system: You are a helpful assistant.
user:
Analyze the provided spectrum to determine if it is a **"Cataclysmic Variables (CV)"**.

- **Key Indicators for CV (Check for either state):**
    - **State 1: Quiescent / Low-State (Emission-Dominated)**
        - **(Primary):** Strong and *very broad* Hydrogen Balmer emission lines (e.g., $H\alpha$ at 6563 Å, $H\beta$ at 4861 Å). The 'broadness' (high velocity dispersion, often FWHM > 1000 km/s) is the key diagnostic, indicating a high-velocity accretion disk.
        - **(Secondary):** Broad neutral Helium (He I) emission lines (e.g., 5876 Å, 6678 Å).
        - **(Key Confirmation):** Presence of high-excitation *ionized* Helium (He II) emission at 4686 Å. This is a strong indicator of accretion onto a white dwarf.
        - **(Line Profile):** Emission lines may exhibit a 'double-peaked' profile, which is a classic signature of a rotating accretion disk viewed at high inclination.

    - **State 2: Outburst / High-State (Absorption-Dominated)**
        - **(Primary):** Spectrum is dominated by a bright, blue continuum (looks like a hot star).
        - **(Secondary):** The emission lines from State 1 are weak, absent, or 'filled in', and are replaced by broad, shallow *absorption* lines (primarily Balmer and He I).
        - **(Morphology):** The overall spectrum mimics a hot B/A-type star. The crucial difference is that the absorption lines are significantly broader, shallower, and more 'washed-out' (or 'smeared') than the sharp lines of a normal stellar photosphere, due to high rotational speeds and pressure broadening in the disk.

Think first, call **spectral_visualization_tool** if needed to examine features in detail, then provide your final answer. Your response must adhere to the following strict rules:
1.  **Overall Structure:** Your response must follow the format `<think>...</think> <tool_call>...</tool_call> (if a tool is used) <answer>...</answer>`.
2.  **Tool Usage Constraint:** You may only make **one** tool call per turn.
3.  **Final Answer Format:** In the `<answer>` tag, your conclusion must be inside a `\boxed{}` command (e.g., `\boxed{YES}`), followed by your justification.

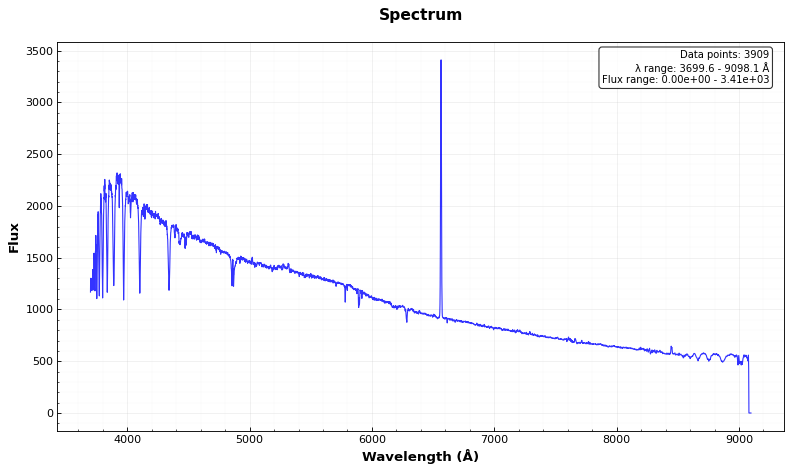
Answer: NO